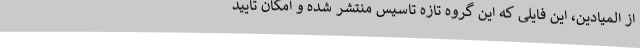
از المیادین، این فایلی که این گروه تازه تاسیس منتشر شده و امکان تایید